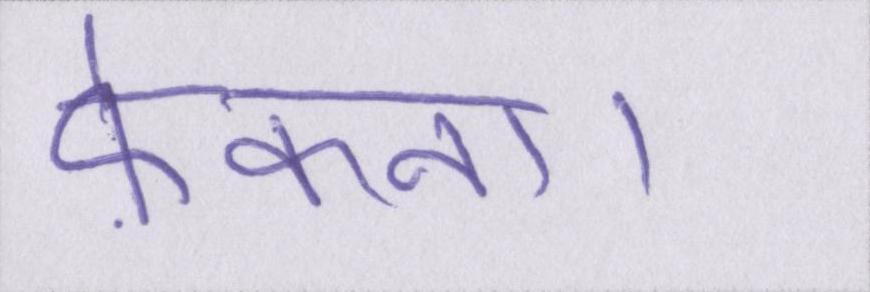
फ़ेंकना।